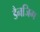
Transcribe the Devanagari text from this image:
डैनजिग